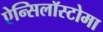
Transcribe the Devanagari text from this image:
ऐन्सिलॉस्टोमा